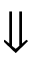
\Downarrow